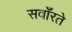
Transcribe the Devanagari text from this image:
सवाँरते